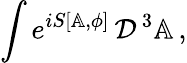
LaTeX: \int e^{iS[\mathbb{A},\phi]}\, {\cal D}^{\, 3}\mathbb{A}\, ,